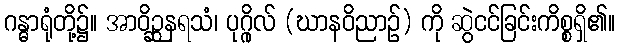
ဂန္ဓာရုံတို့၌။ အာဝိဉ္ဆနရသံ၊ ပုဂ္ဂိုလ် (ဃာနဝိညာဉ်) ကို ဆွဲငင်ခြင်းကိစ္စရှိ၏။